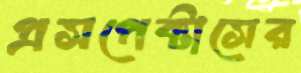
প্রসপেক্টাসের